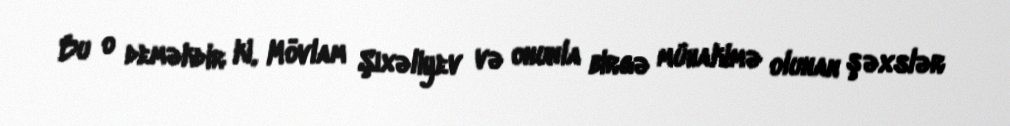
Bu o deməkdir ki, Mövlam Şıxəliyev və onunla birgə mühakimə olunan şəxslər